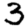
Digit: 3